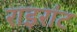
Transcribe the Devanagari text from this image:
राइरांट